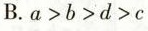
B.a>b>d>c